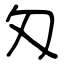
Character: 匁